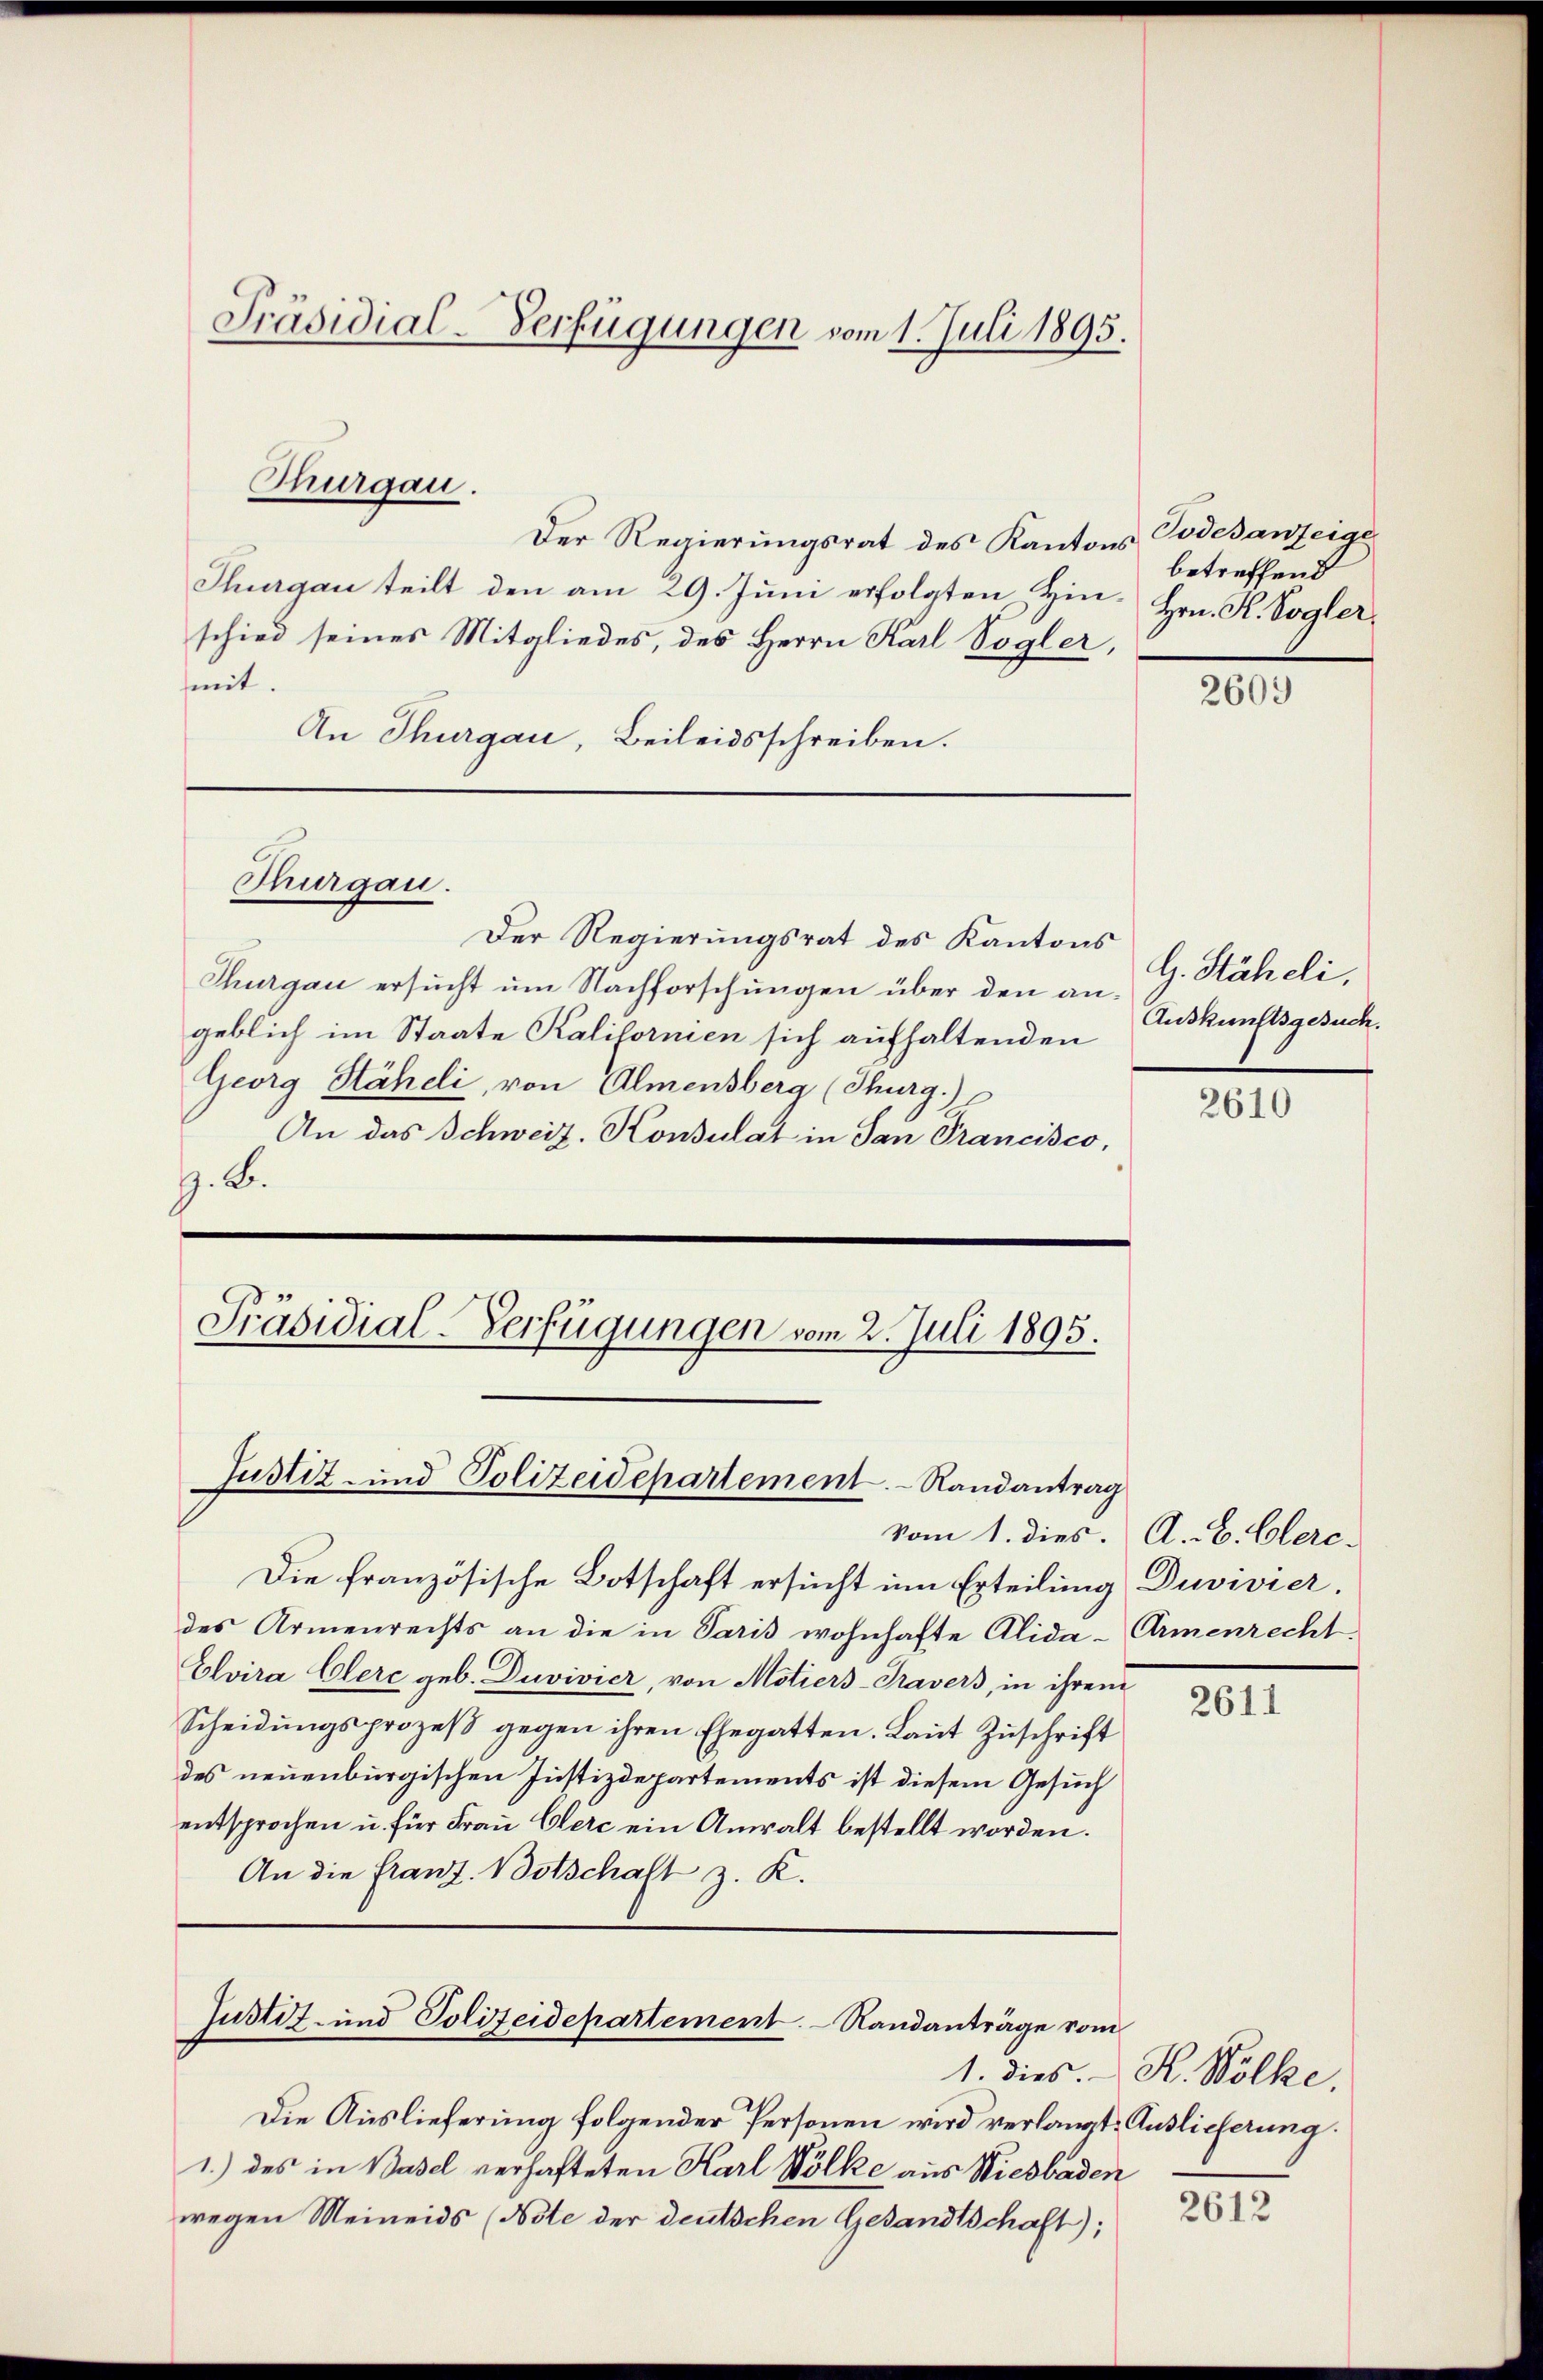
Präsidial-Verfügungen vom 1. Juli 1895.

Der Regierungsrat des Kantons Todesanzeige
Thurgau teilt den am 29. Juni erfolgten Hin- Hrn. K. Voglerschied seines Mitgliedes, des Herrn Karl Vogler,
mit.
An Thurgau, Beileidsschreiben.
Thurgau.
Der Regierungsrat des Kantons
Thurgau ersucht um Nachforschungen über den angeblich im Staate Kalifornien sich aufhaltenden
Georg Stäheli, von Almensberg (Thurg.)
An das Schweiz. Konsulat in San Prancisco,
z. B.

Thurgau.

Präsidial-Verfügungen vom 2. Juli 1895.
Justiz- und Polizeidepartement. Randantrag

vom 1. dies. A. A. Clerc
Die französische Botschaft ersucht um Erteilung Duvivier.
des Armenrechts an die in Paris wohnhafte Alida-Armenrecht
Elvira Olerc geb. Duvivier, von Motiers-Travers, in ihrem
Scheidungsprozeß gegen ihren Ehegatten. Laut Zuschrift
des neuenburgischen Justizdepartements ist diesem Gesuch
entsprochen u. für Frau Clerc ein Anwalt bestellt worden.
An die franz. Botschalt z. K.

Justiz- und Polizeidepartement. - Sandanträge vom

Die Auslieferung folgender Personen wird verlangt. Auslieferung
1.) des in Basel verhafteten Karl Völke aus Wiesbaden
wegen Meineids (Note der deutschen Gesandtschaft);

betreffend

2603

G. Stäheli,
Auskunftsgesuch.

2610

2611

1. dies K. Wölke.

2612